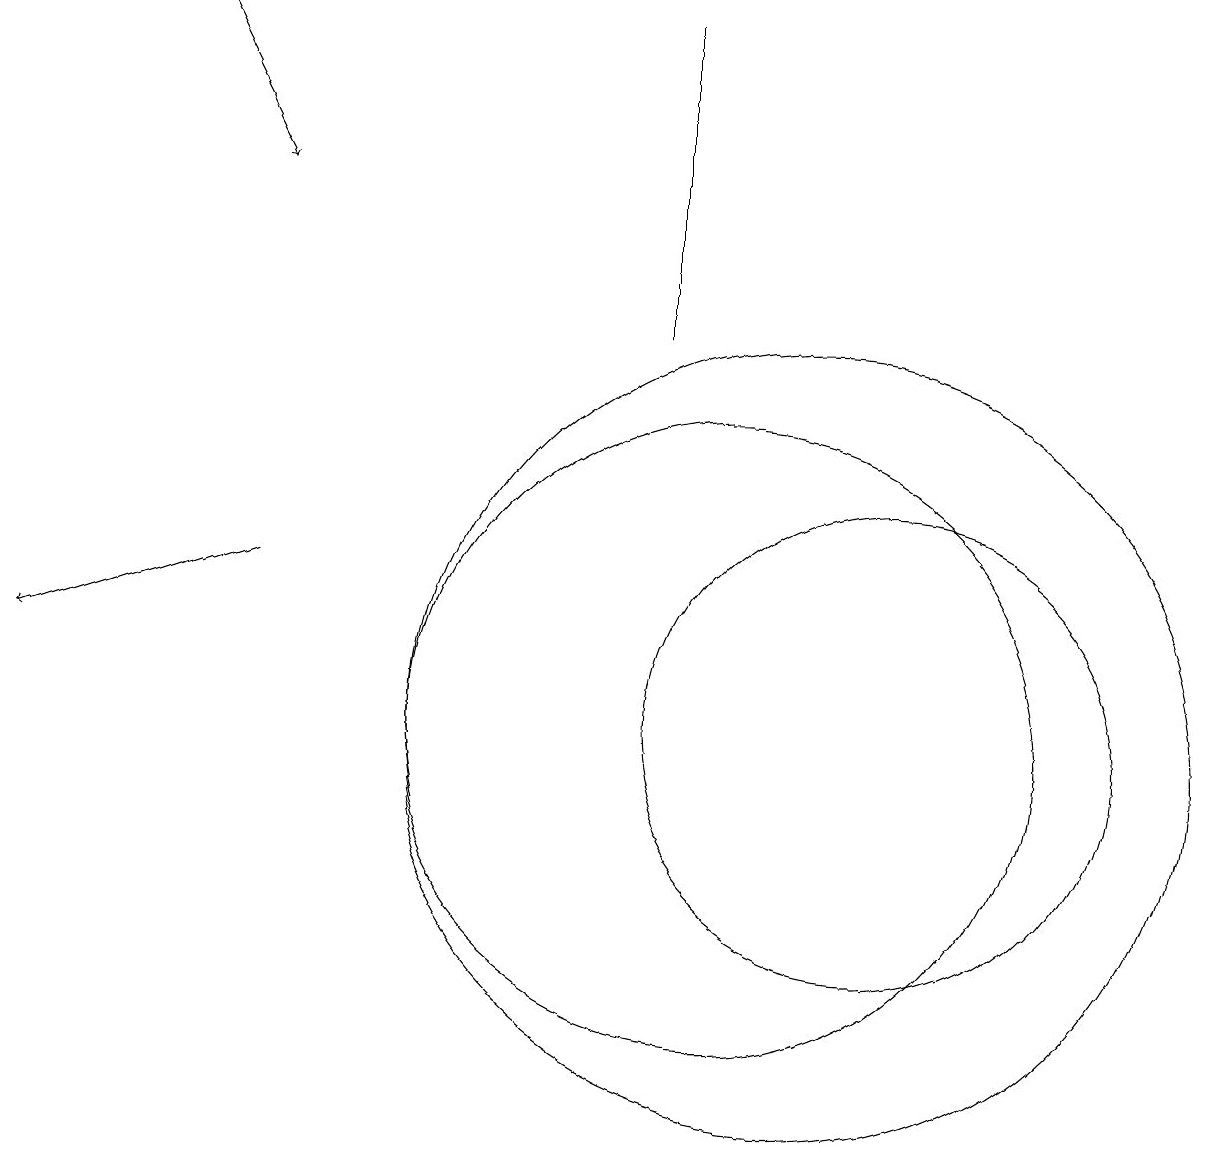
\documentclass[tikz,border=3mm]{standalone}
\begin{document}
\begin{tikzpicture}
\draw (9,19) rectangle (9,15);
\draw[->] (3,19) -- (4,17);
\draw (12,10) circle (3);
\draw[->] (4,12) -- (1,11);
\draw (10,10) circle (4);
\draw (11,10) circle (5);
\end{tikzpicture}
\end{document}